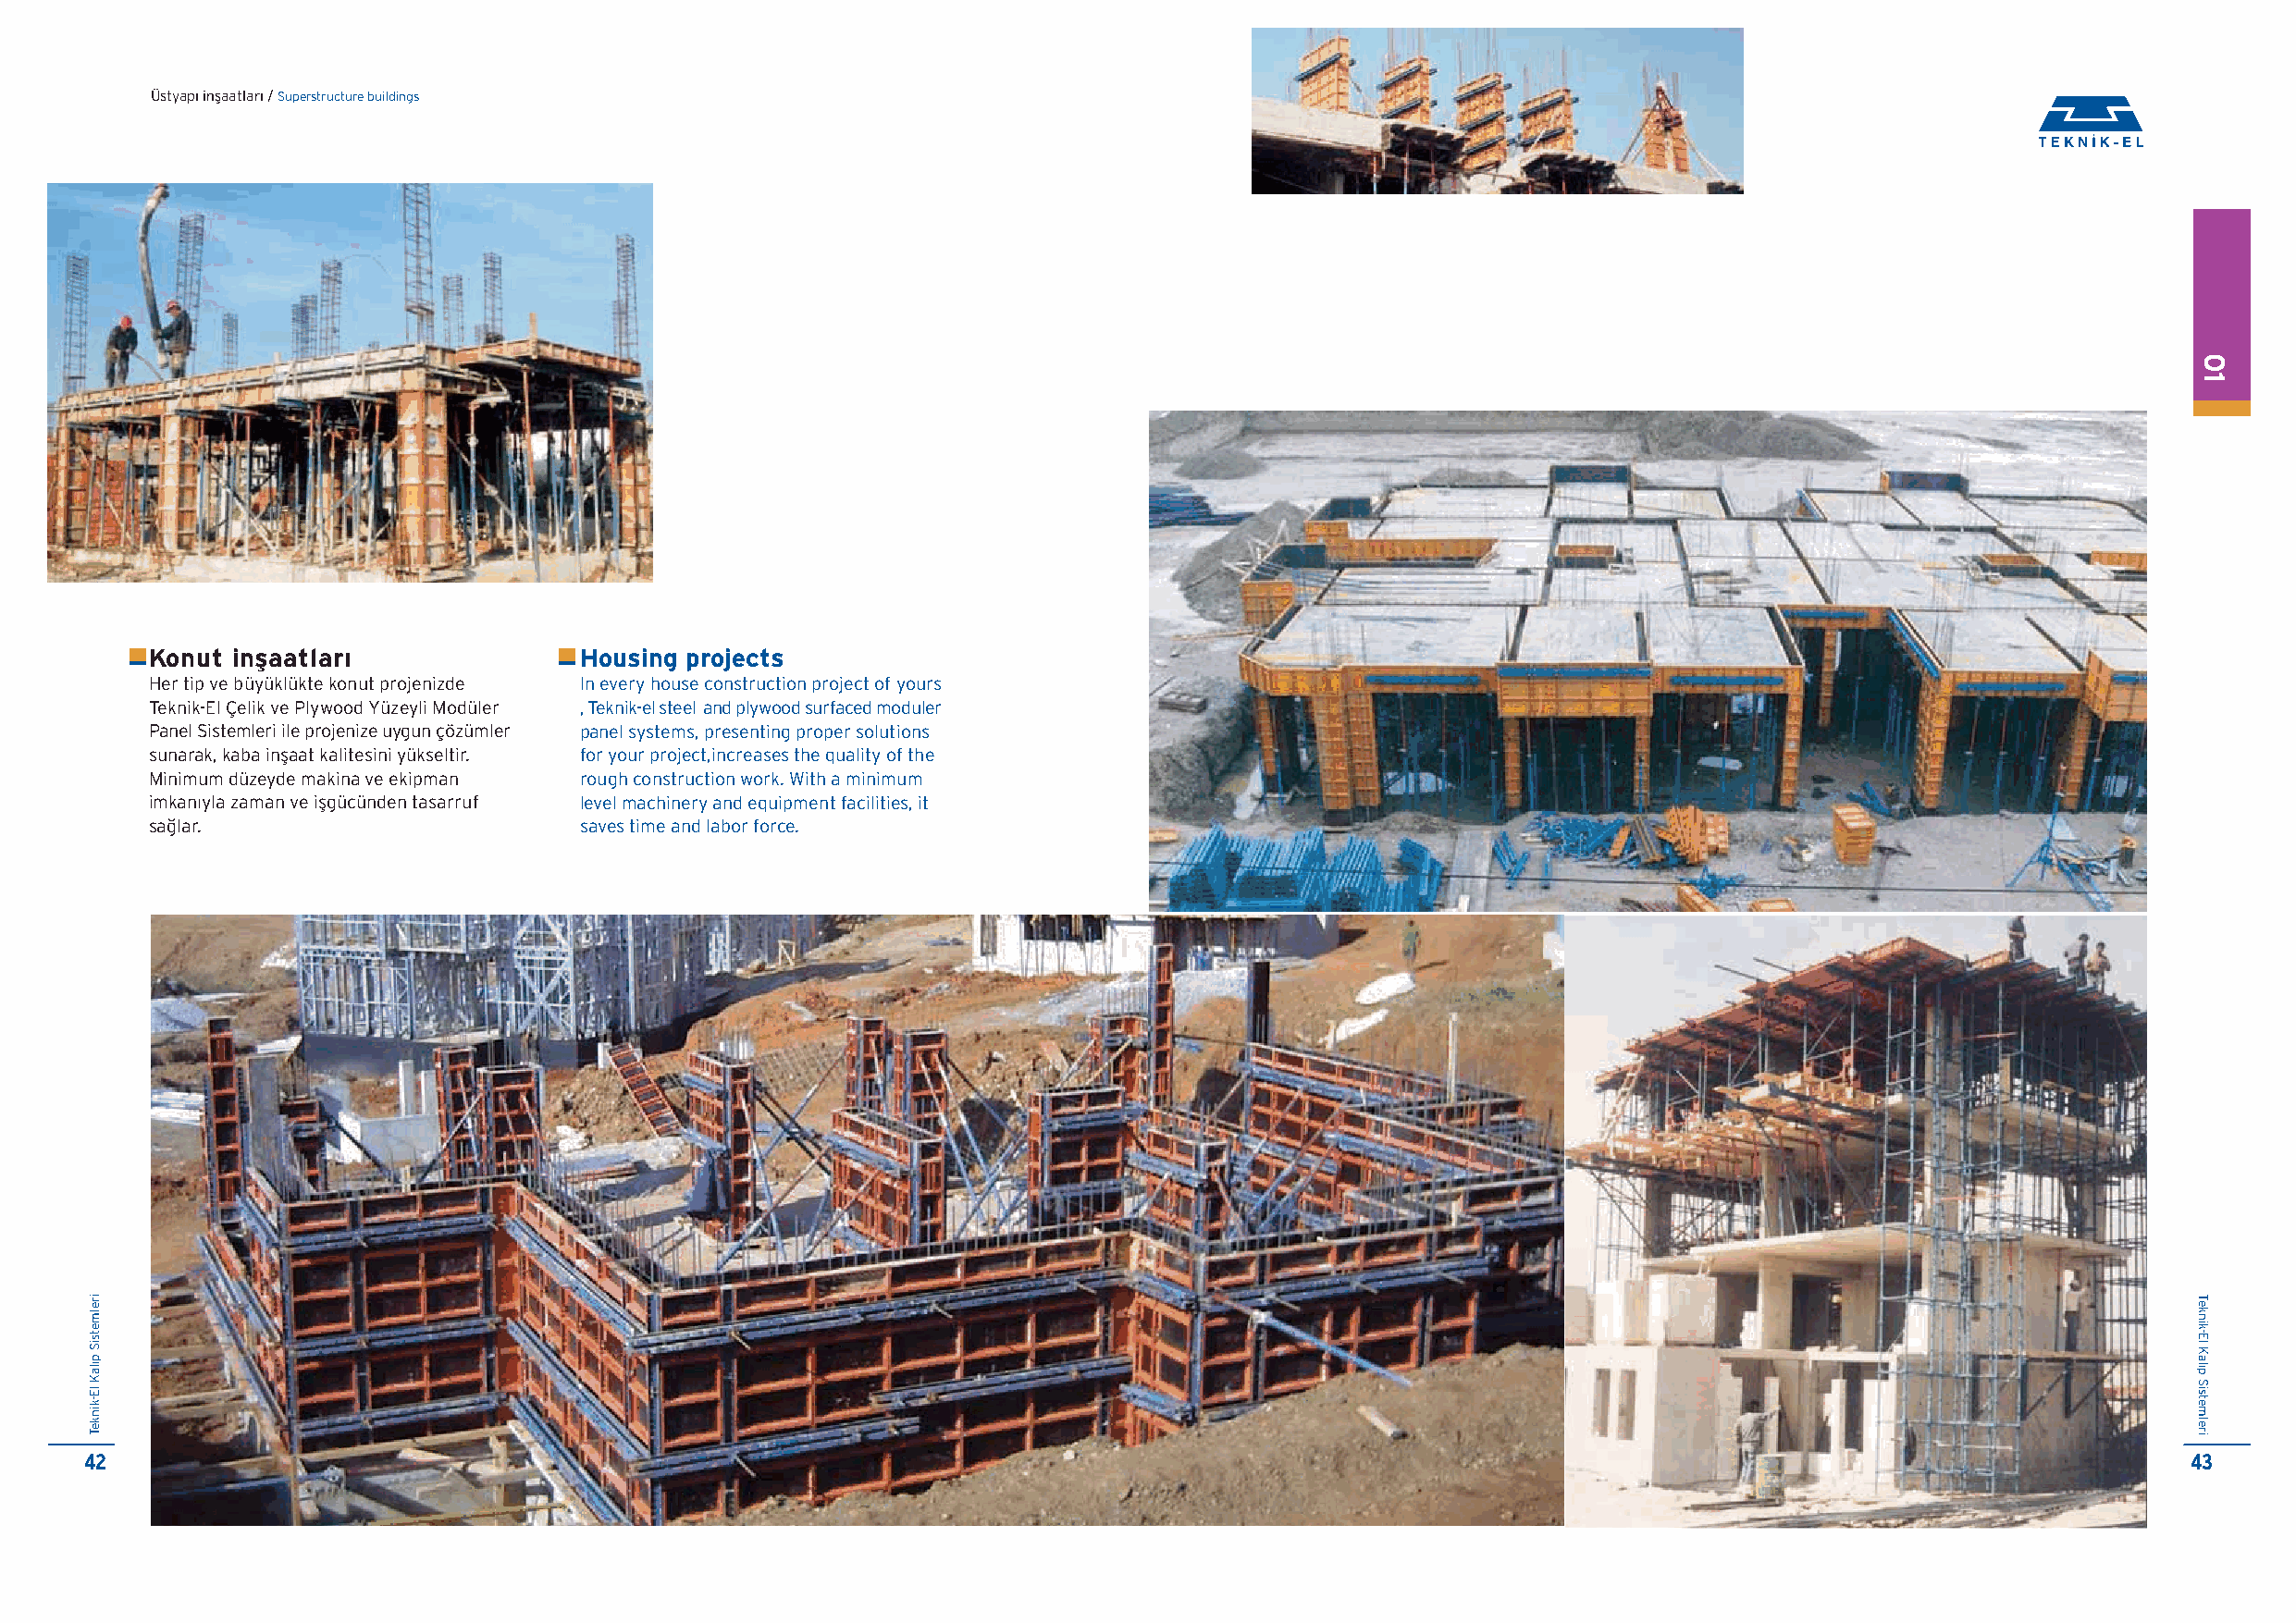
Üstyap› inflaatlar› / Superstructure buildings
 Konut inflaatlar›             Housing projects
 Her tip ve büyüklükte konut projenizde In every house construction project of yours
 Teknik-El Çelik ve Plywood Yüzeyli Modüler , Teknik-el steel and plywood surfaced moduler
 Panel Sistemleri ile projenize uygun çözümler panel systems, presenting proper solutions
 sunarak, kaba inflaat kalitesini yükseltir. for your project,increases the quality of the
 Minimum düzeyde makina ve ekipman rough construction work. With a minimum
 imkanıyla zaman ve iflgücünden tasarruf level machinery and equipment facilities, it
 sa¤lar.                       saves time and labor force.
 42                                                                                                                                                     43
 irelmetsiS
 p›laK
 lE-kinkeT
 01
 Teknik-El
 Kal›p
 Sistemleri